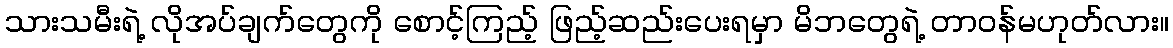
သားသမီးရဲ့ လိုအပ်ချက်တွေကို စောင့်ကြည့် ဖြည့်ဆည်းပေးရမှာ မိဘတွေရဲ့ တာဝန်မဟုတ်လား။